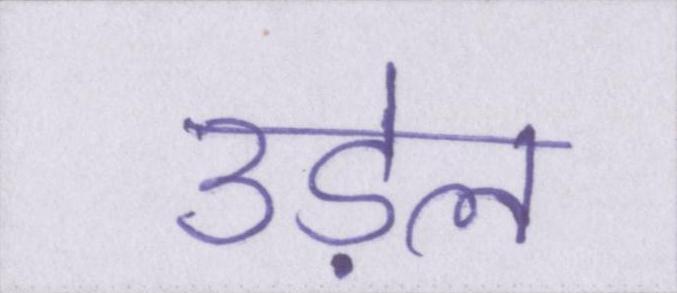
उड़ेल